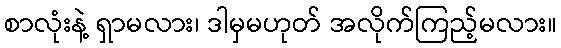
စာလုံးနဲ့ ရှာမလား၊ ဒါမှမဟုတ် အလိုက်ကြည့်မလား။